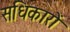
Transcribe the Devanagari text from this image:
सधिकारों